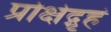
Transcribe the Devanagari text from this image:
प्रोक्षेद्गृहं